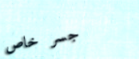
جسر خاص